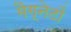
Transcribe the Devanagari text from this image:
मैग्नेटों